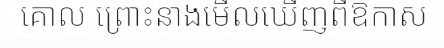
គោល ព្រោះនាងមើលឃើញពីឱកាស